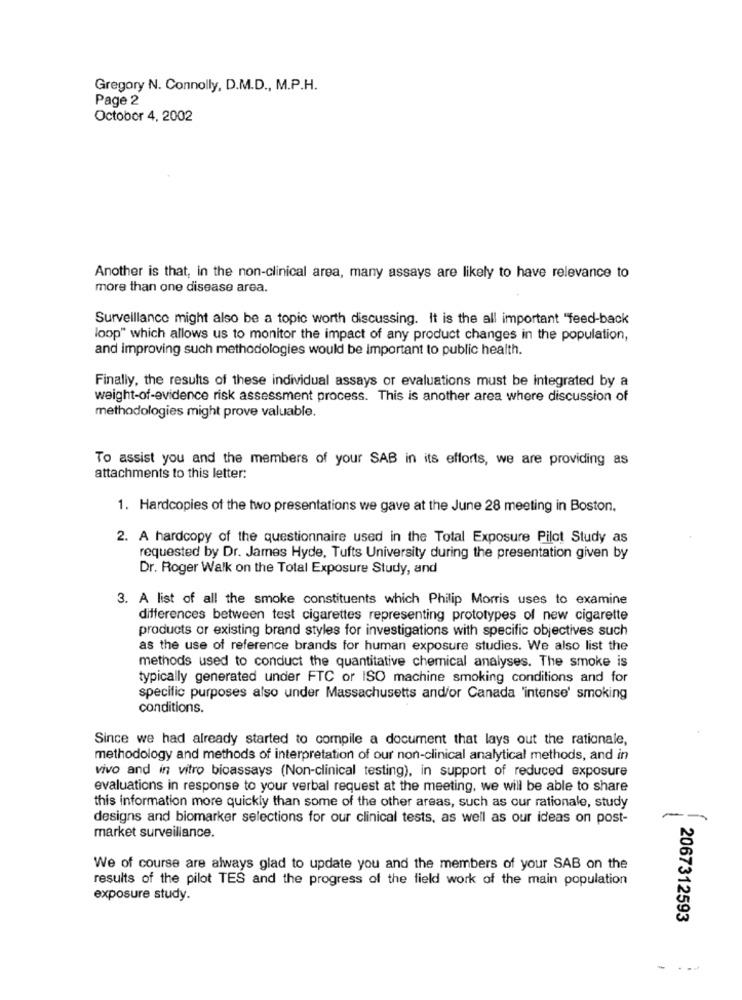
Gregory N. Connolly, D.M.D ., M.P.H.
Page 2
October 4, 2002
Another is that, in the non-clinical area, many assays are likely to have relevance to
more than one disease area.
Surveillance might also be a topic worth discussing. It is the all important "feed-back
loop" which allows us to monitor the impact of any product changes in the population,
and improving such methodologies would be Important to public health.
Finally, the results of these individual assays or evaluations must be integrated by a
weight-of-evidence risk assessment process. This is another area where discussion of
methodologies might prove valuable.
To assist you and the members of your SAB in its efforts, we are providing as
attachments to this letter:
1. Hardcopies of the two presentations we gave at the June 28 meeting in Boston,
2. A hardcopy of the questionnaire used in the Total Exposure Pilot Study as
requested by Dr. James Hyde, Tufts University during the presentation given by
Dr. Roger Walk on the Total Exposure Study, and
3. A list of all the smoke constituents which Philip Morris uses to examine
differences between test cigarettes representing prototypes of new cigarette
products or existing brand styles for investigations with specific objectives such
as the use of reference brands for human exposure studies. We also list the
methods used to conduct the quantitative chemical analyses. The smoke is
typically generated under FTC or ISO machine smoking conditions and for
specific purposes also under Massachusetts and/or Canada 'intense' smoking
conditions.
Since we had already started to compile a document that lays out the rationale,
methodology and methods of interpretation of our non-clinical analytical methods, and in
vivo and in vitro bioassays (Non-clinical testing), in support of reduced exposure
evaluations in response to your verbal request at the meeting, we will be able to share
this information more quickly than some of the other areas, such as our rationale, study
designs and biomarker selections for our clinical tests, as well as our ideas on post-
--
market surveillance.
We of course are always glad to update you and the members of your SAB on the
results of the pilot TES and the progress of the field work of the main population
exposure study.
2067312593
- ---